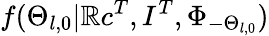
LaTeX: f(\Theta_{l,0}|\mathbb{R}c^{T},I^{T},\Phi_{-\Theta_{l,0}})